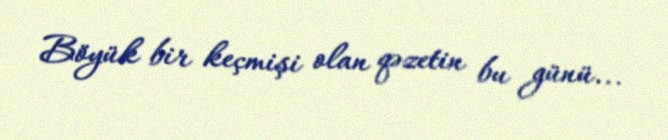
Böyük bir keçmişi olan qəzetin bu günü...